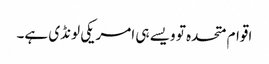
اقوام متحدہ تو ویسے ہی امریکی لونڈی ہے۔